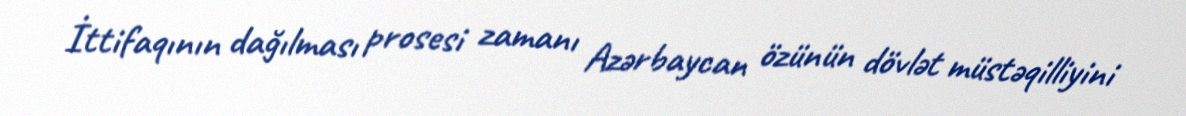
İttifaqının dağılması prosesi zamanı Azərbaycan özünün dövlət müstəqilliyini